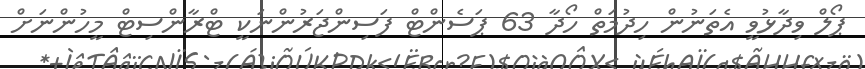
ޕޯލް ވިދާޅުވީ އެތަނުން ހިދުމަތް ހޯދާ 63 ޕަސެންޓް ފަސިންޖަރުންނަކީ ޓްރާންސިޓް މީހުންނަށް